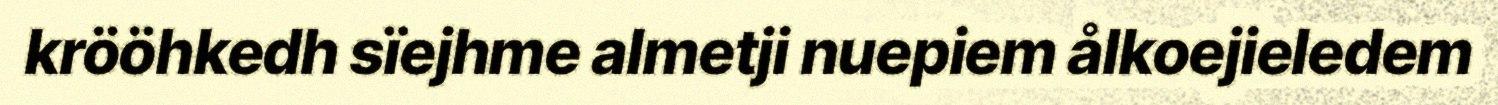
krööhkedh sïejhme almetji nuepiem ålkoejieledem